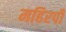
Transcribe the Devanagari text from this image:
महिरपी